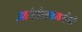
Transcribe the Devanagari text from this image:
आंदोलनकरीयों